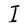
Character: I